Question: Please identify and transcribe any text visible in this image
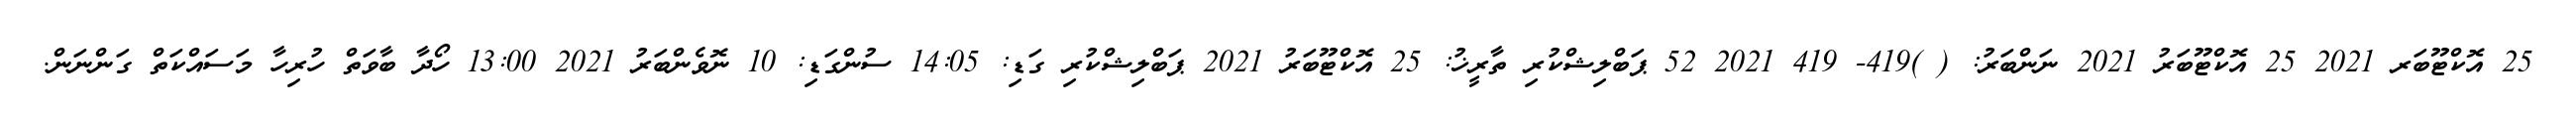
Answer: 25 އޮކްޓޫބަރ 2021 25 އޮކްޓޫބަރު 2021 ނަންބަރު: ( )419- 419 2021 52 ޕަބްލިޝްކުރި ތާރީޚު: 25 އޮކްޓޫބަރު 2021 ޕަބްލިޝްކުރި ގަޑި: 14:05 ސުންގަޑި: 10 ނޮވެންބަރު 2021 13:00 ހޯދާ ބާވަތް ހުރިހާ މަސައްކަތް ގަންނަން.